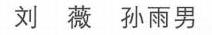
刘 薇 孙雨男